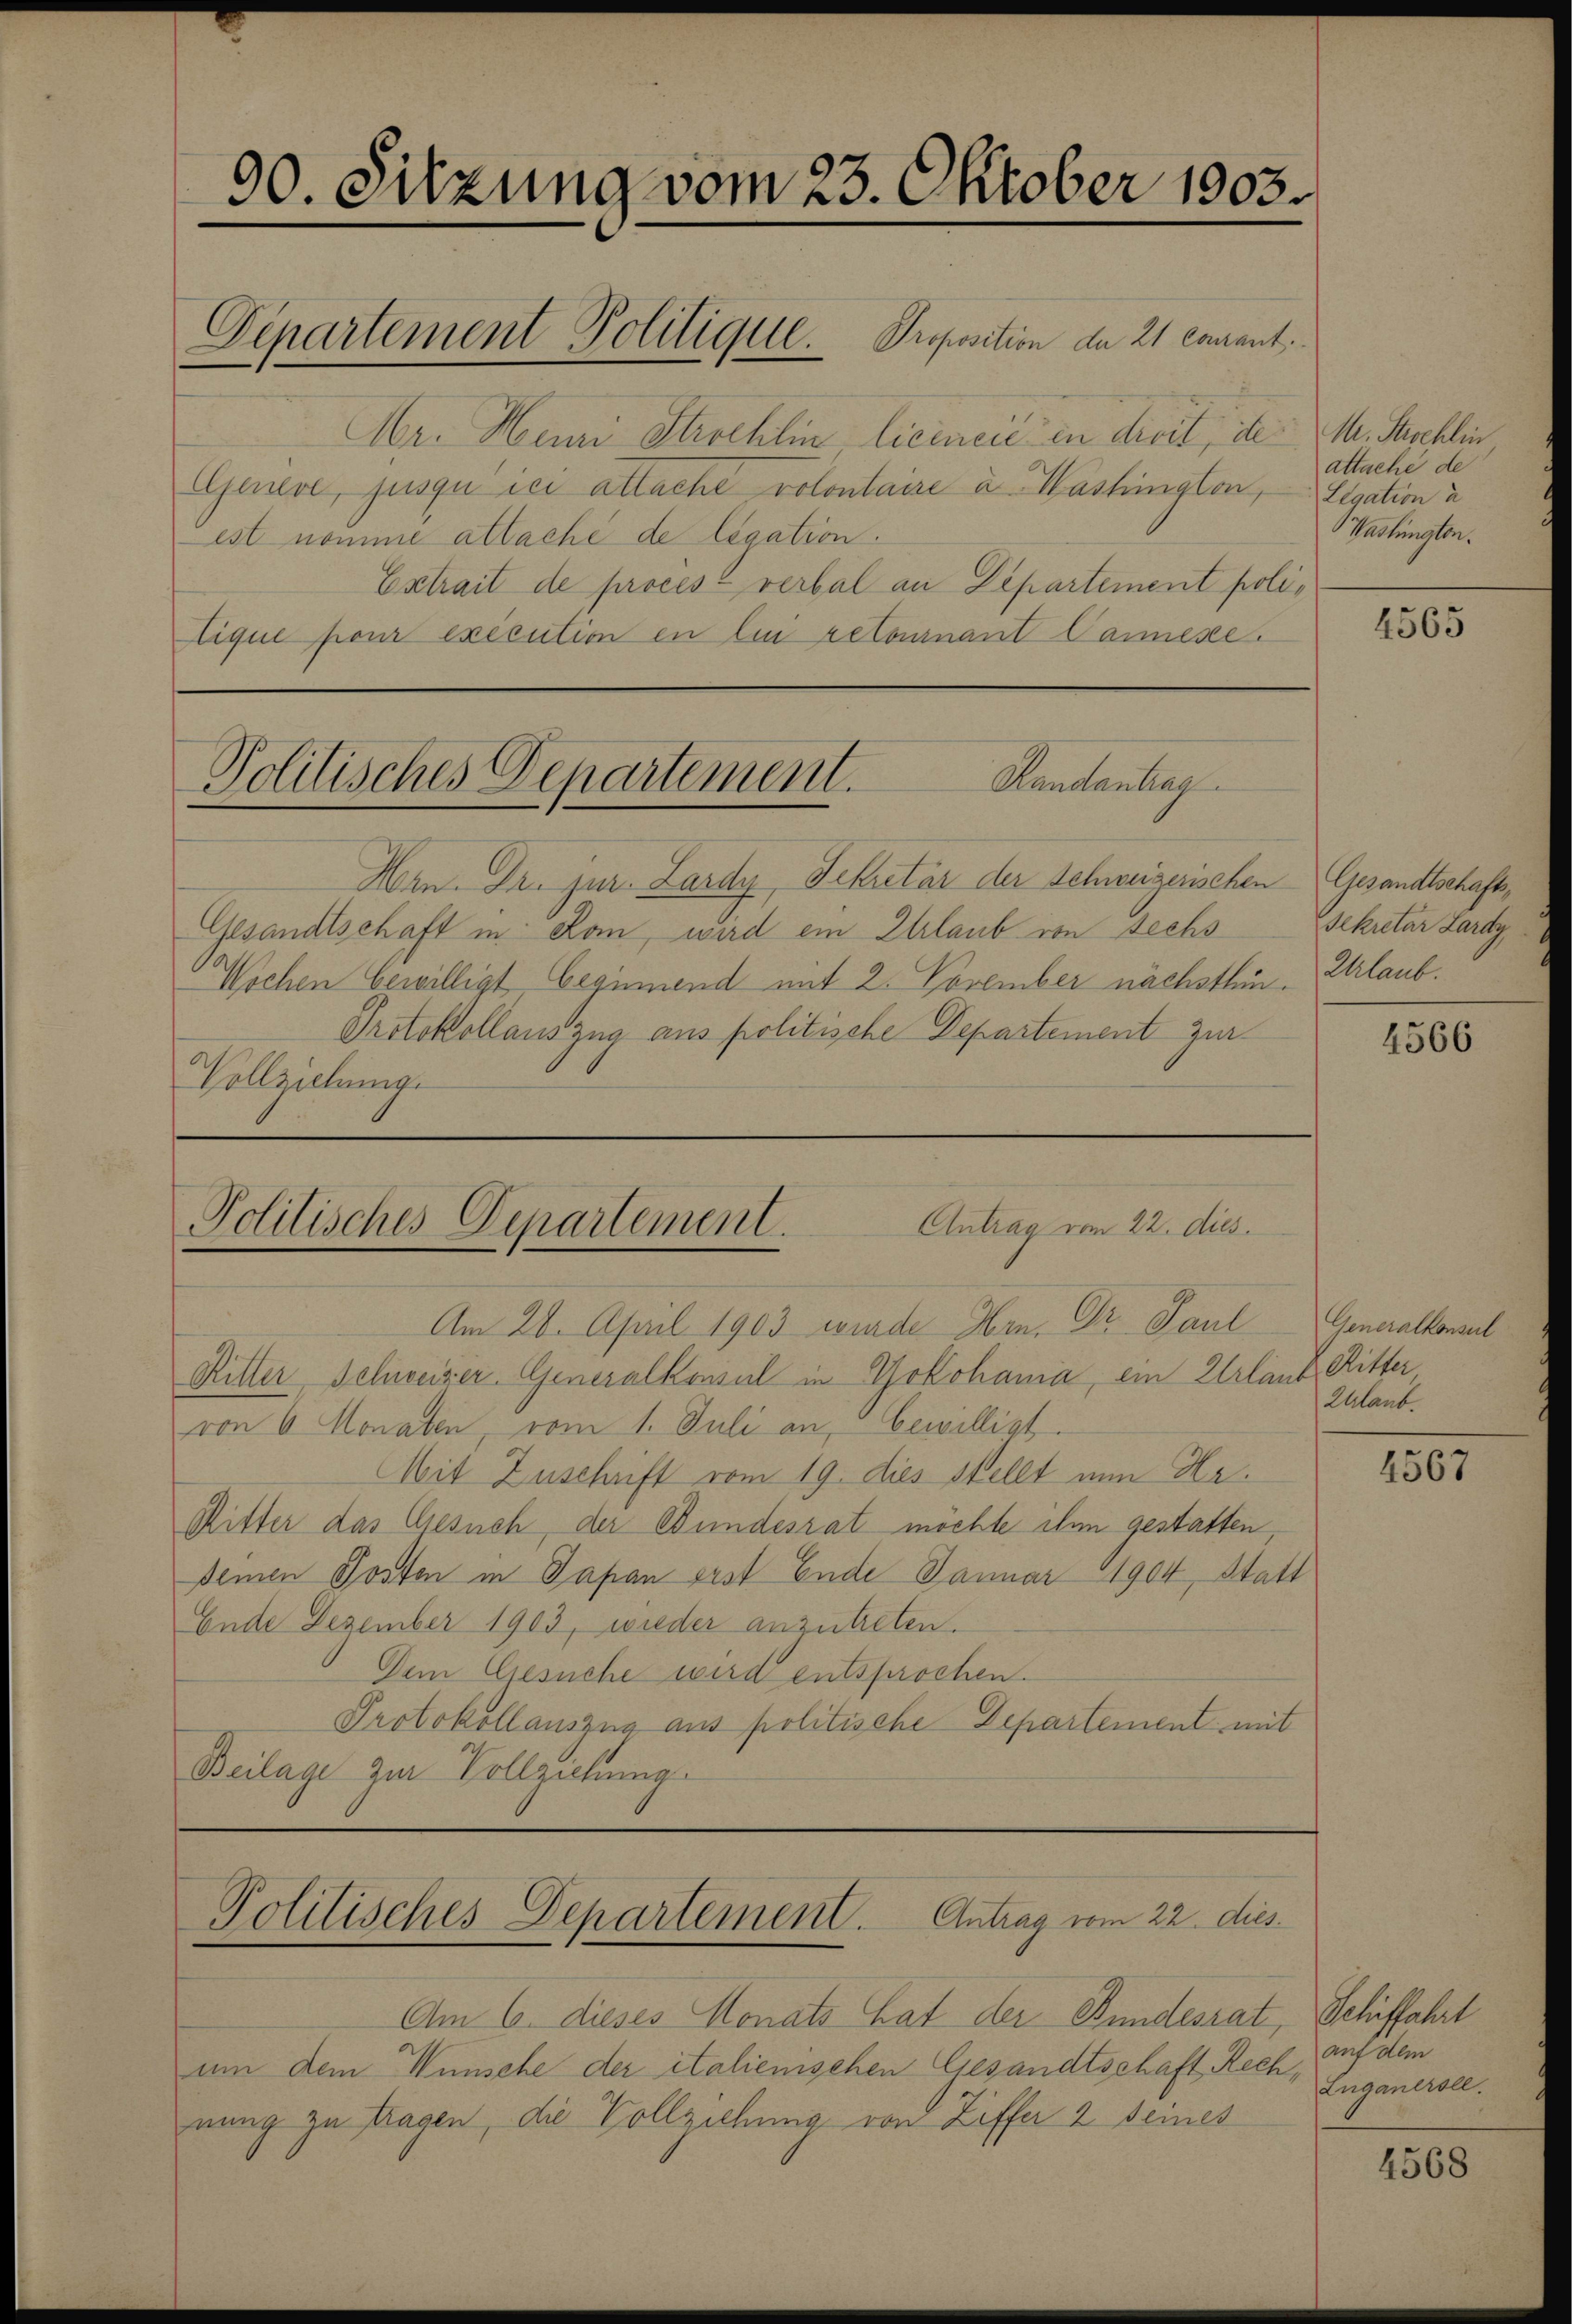
90. Sitzung vom 23. Oktober 1903.

Abr. Heuri Strechlin licinere in dirit, ite: M. Paschlin
Gariere, jusqu’ ici attache volontaire u. Washington,
est nomme attaché de ligation.
Extrait de procesz verbal an Departement politique pour exécution en lui retournant Cannese

Departement Politique. Proposition de 21 camant.

Handantrag
Politisches Departement.

Hrn. Dr. jur. Lardy, Dekretär der Schweizerischen
Gesandtschaft in Rom, wird ein Erlaub von sechs
Wochen bewilligt beginnend mit 2. November nächsthin
Protokollauszug aus politische Departement zur
Vollziehung.

Antrag vom 22. dies
Politisches Departement.

Am 28. April 1903 wurde Hrn. Dr. Paul Generalkonsul
Riller, Schweizer. Generalkonsul in Yokohama, ein Urlaub Ritter
von 6 Monaten, vom 1. Juli an, bewilligt.
Mit Zuschaft vom 19. dies stellt nun Hr.
Mitter das Gesuch, der Bundesrat möchte ihm gestatten,
deinen Posten in Papan erst Ende Januar 1904, Statt
Ende Dezember 1903, wieder anzutreten.
Dem Gesuche wird entsprochen.
Protokollauszug aus politische Departement mit
Beilage zur Vollziehung

Politisches Departement. Antrag vom 22. dies

Am 6. dieses Monats hat der Bundesrat, Schiffahrt
um dem Wünsche der italienischen Gesandtschaft Rechnung zu tragen, die Vollziehung von Ziffer 2 Semes

attaché de
Legation a
aslington.

4565

Gesandtschafts¬
Sekretär Lardy,
Urlaub.
d

4566

Alaub.

14567

auf allen
Luganerole.

4568